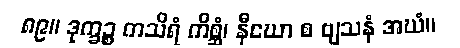
၈၉။ ဒုက္ခဉ္စ ကသိရံ ကိစ္ဆံ၊ နီဃော စ ဗျသနံ အဃံ။